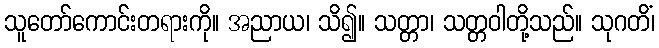
သူတော်ကောင်းတရားကို။ အညာယ၊ သိ၍။ သတ္တာ၊ သတ္တဝါတို့သည်။ သုဂတိံ၊